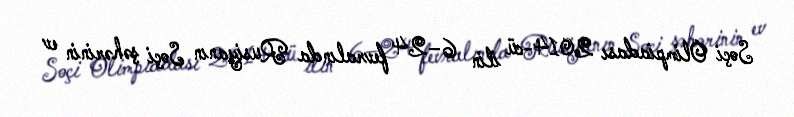
Soçi Olimpiadası 2014-cü ilin 6–24 fevralında Rusiyanın Soçi şəhərinin ev